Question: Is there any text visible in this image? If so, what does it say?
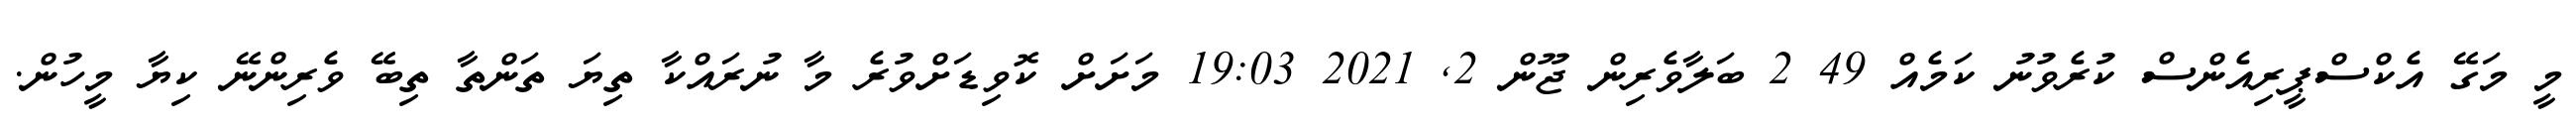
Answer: މީ މަގޭ އެކްސްޕީރިއެންސް ކުރެވުނު ކަމެއް 49 2 ބަލާވެރިން ޖޫން 2, 2021 19:03 މަށަށް ކޮވިޑަށްވުރެ މާ ނުރައްކާ ތިޔަ ތަންތާ ތިބޭ ވެރިންނޭ ކިޔާ މީހުން.